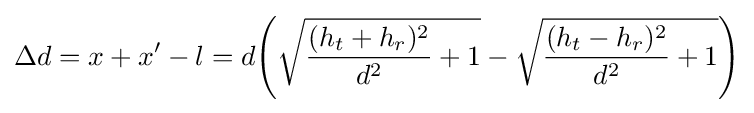
{\begin{aligned}\Delta d=x+x'-l=d{\Bigg (}{\sqrt {{\frac {(h_{t}+h_{r})^{2}}{d^{2}}}+1}}-{\sqrt {{\frac {(h_{t}-h_{r})^{2}}{d^{2}}}+1}}{\Bigg )}\end{aligned}}